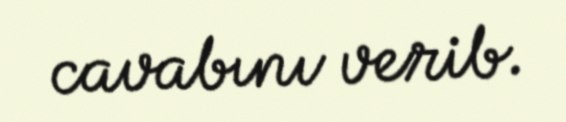
cavabını verib.